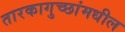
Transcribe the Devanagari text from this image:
तारकागुच्छांमधील